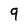
Character: 9